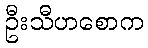
ဦးသီဟစောက